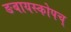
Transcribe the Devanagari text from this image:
ङबायस्कोपच्